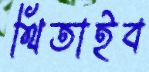
থিতাইব